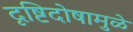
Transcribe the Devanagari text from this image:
दृष्टिदोषामुळे